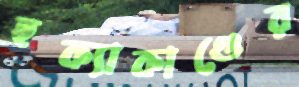
হক্যাকাণ্ডের